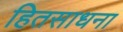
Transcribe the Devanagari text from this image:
हितसाधना